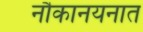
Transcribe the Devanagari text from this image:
नौकानयनात